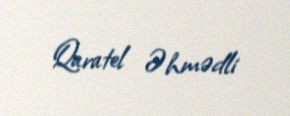
Qaratel Əhmədli